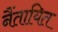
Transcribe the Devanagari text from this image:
नैंतायित